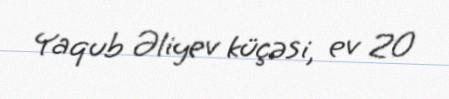
Yaqub Əliyev küçəsi, ev 20